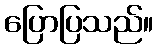
ပြောပြသည်။